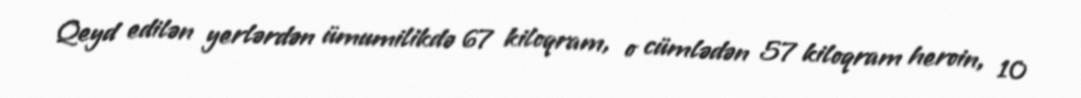
Qeyd edilən yerlərdən ümumilikdə 67 kiloqram, o cümlədən 57 kiloqram heroin, 10